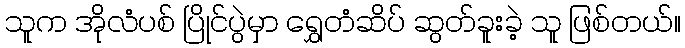
သူက အိုလံပစ် ပြိုင်ပွဲမှာ ရွှေတံဆိပ် ဆွတ်ခူးခဲ့ သူ ဖြစ်တယ်။